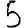
Digit: 5